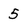
Character: 5